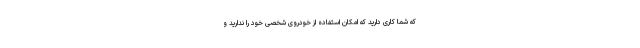
که شما کاری دارید که امکان استفاده از خودروی شخصی خود را ندارید و